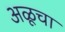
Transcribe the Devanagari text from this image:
अळूचा